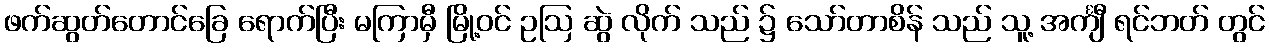
ဖက်ဆွတ်တောင်ခြေ ရောက်ပြီး မကြာမှီ မြို့ဝင် ဥဩ ဆွဲ လိုက် သည် ၌ သော်တာစိန် သည် သူ့ အင်္ကျီ ရင်ဘတ် တွင်